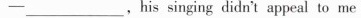
-_______,his singing didn't appeal to me